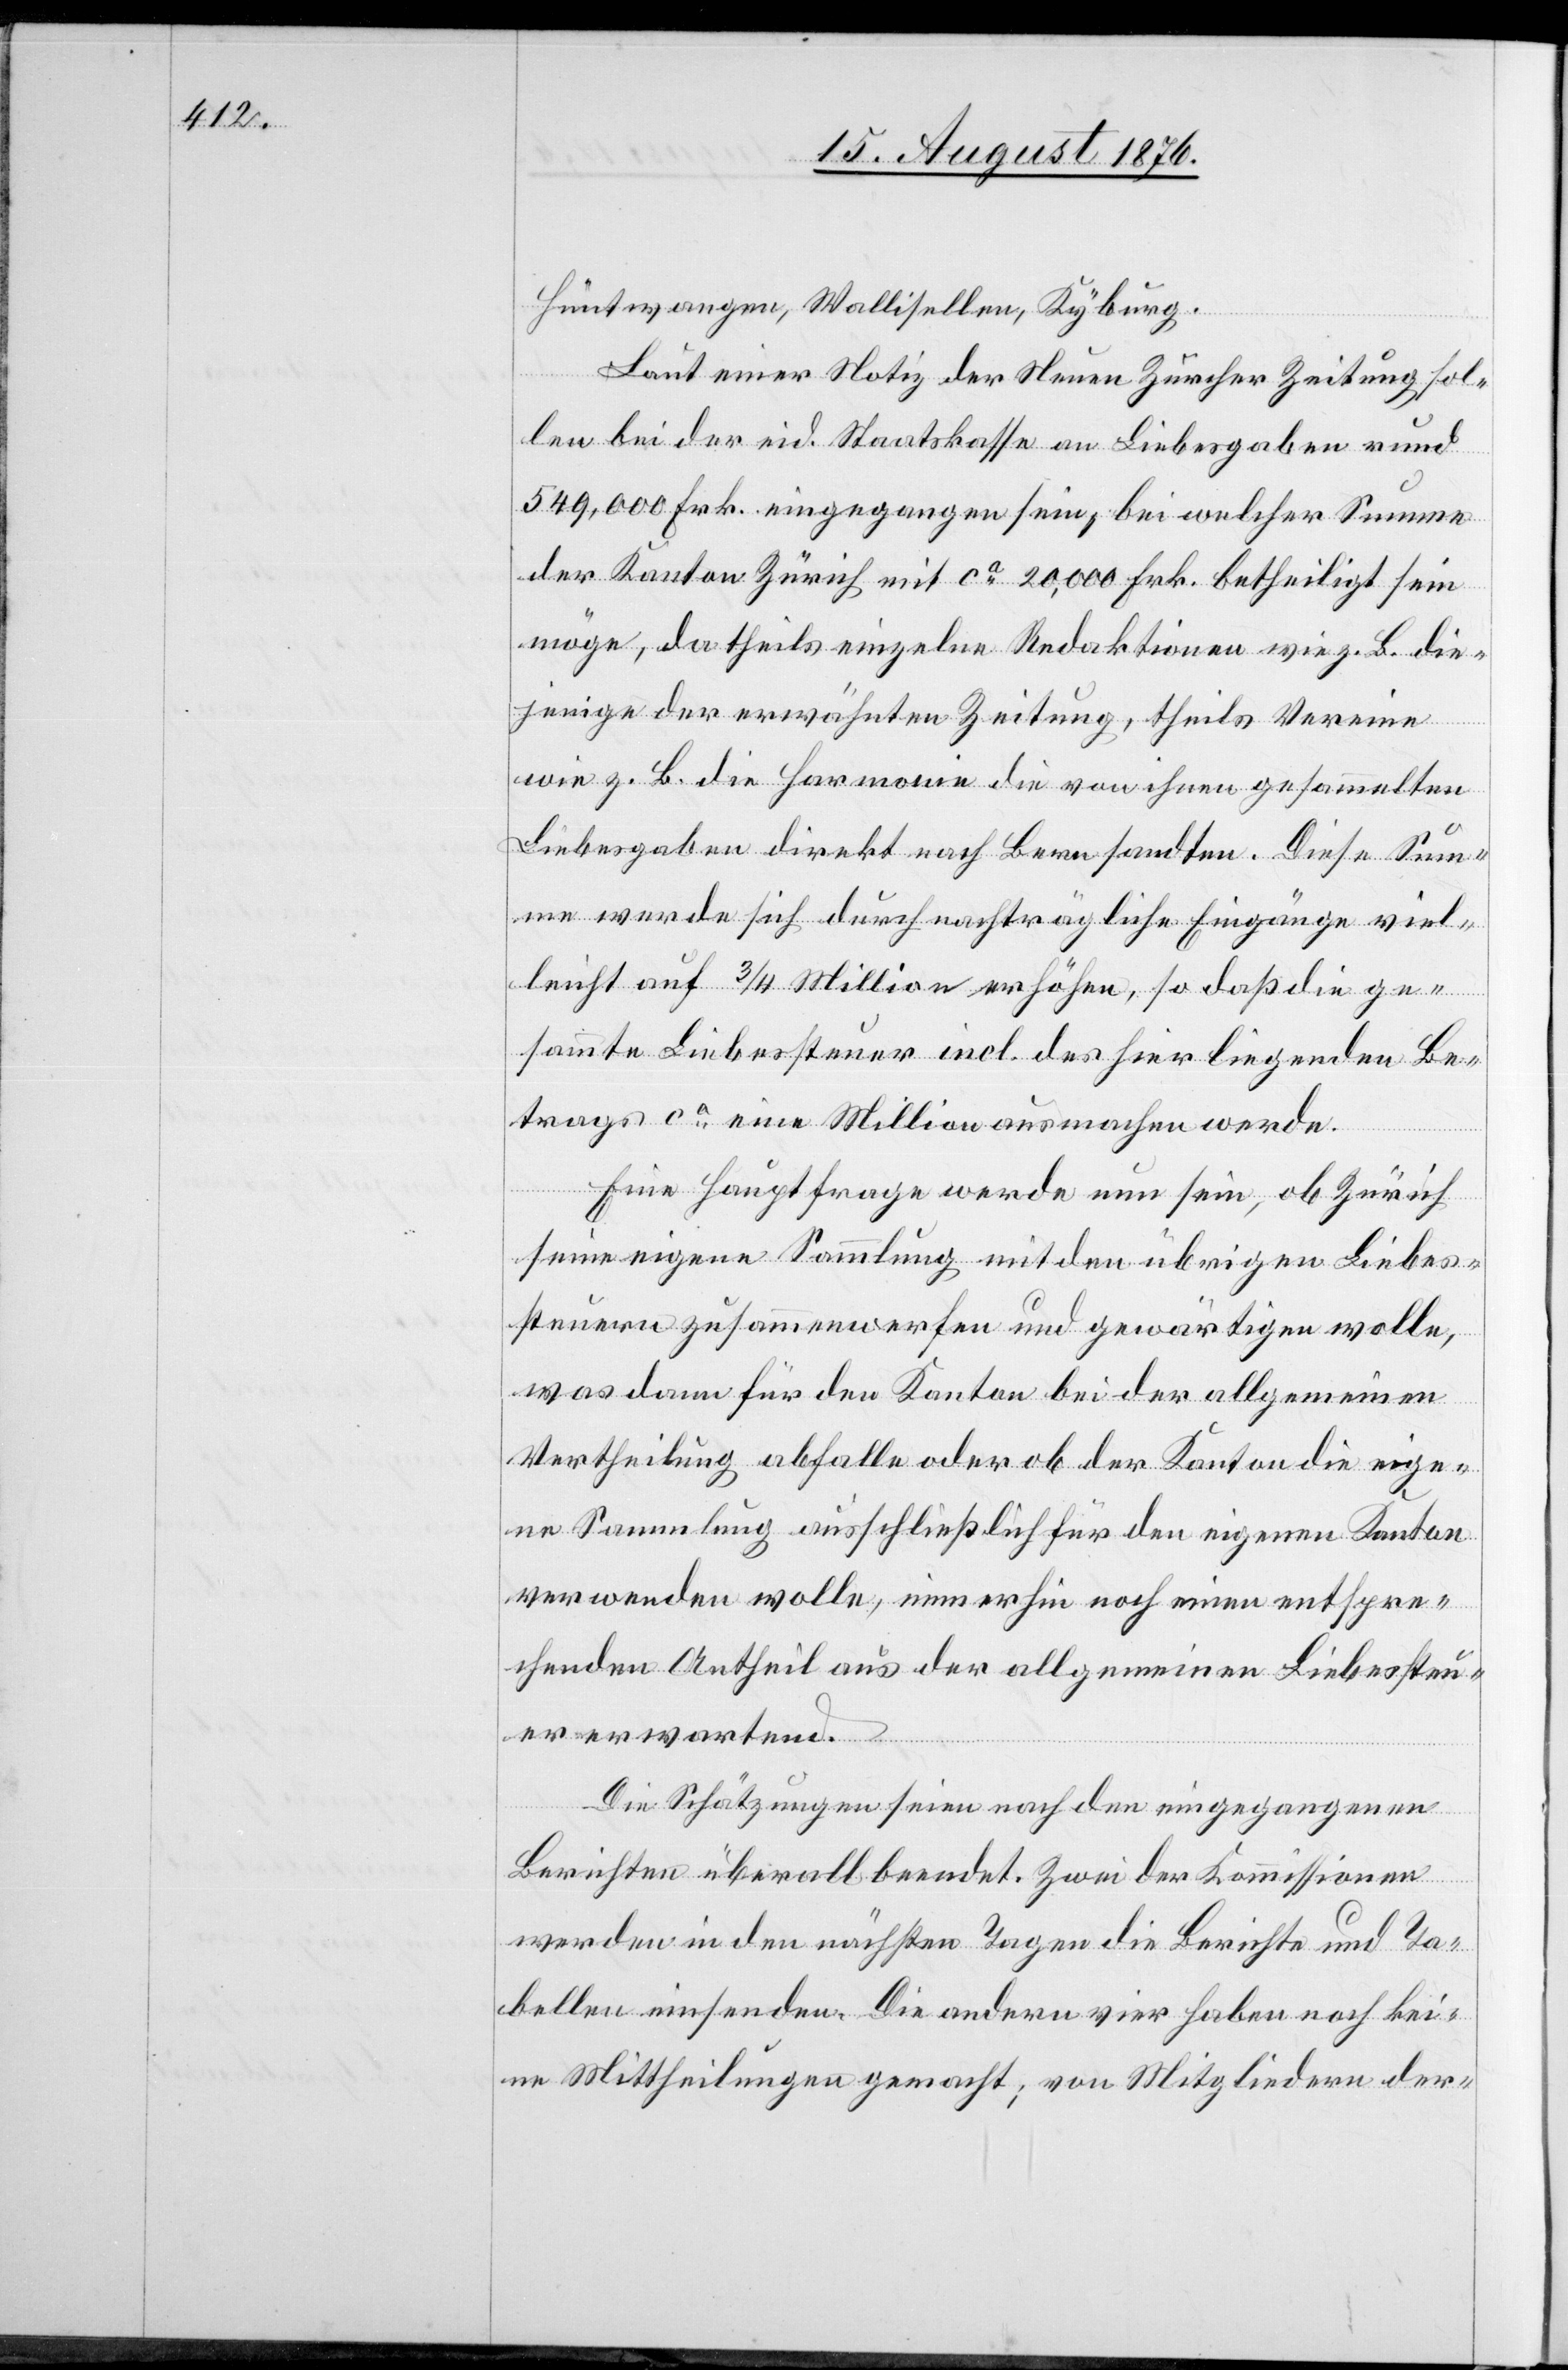
Hüntwangen, Wallisellen, Kyburg.
Laut einer Notiz der Neuen Zürcher Zeitung sol¬
len bei der eid. Staatskasse an Liebesgaben rund
549,000 Frk. eingegangen sein, bei welcher Summe
der Kanton Zürich mit ca 20,000 Frk. betheiligt sein
möge, da theils einzelne Redaktionen wie z. B. die¬
jenige der erwähnten Zeitung, theils Vereine
wie z. B. die Harmonie die von ihnen gesammelten
Liebesgaben direkt nach Bern sandten. Diese Sum¬
me werde sich durch nachträgliche Eingänge viel¬
leicht auf 3/4 Million erhöhen, so daß die ge¬
sammte Liebessteuer incl. des hier liegenden Be¬
trages ca eine Million ausmachen werde.
Eine Hauptfrage werde nun sein, ob Zürich
seine eigene Sammlung mit den übrigen Liebes¬
steuern zusammenwerfen und gewärtigen wolle,
was dann für den Kanton bei der allgemeinen
Vertheilung abfalle oder ob der Kanton die eige¬
ne Sammlung ausschließlich für den eigenen Kanton
verwenden wolle, immerhin noch einen entspre¬
chenden Antheil aus der allgemeinen Liebessteu¬
er erwartend.
Die Schätzungen seien nach den eingegangenen
Berichten überall beendet. Zwei der Kommissionen
werden in den nächsten Tagen die Berichte und Ta¬
bellen einsenden. Die andern vier haben noch kei¬
ne Mittheilungen gemacht; von Mitgliedern der-